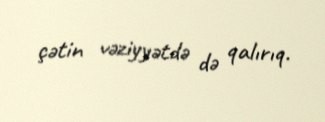
çətin vəziyyətdə də qalırıq.